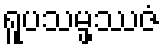
ရူပသမ္ဖဿဇံ